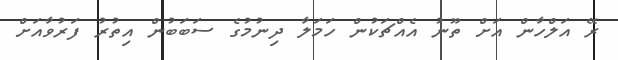
ރޭ އަލްހާން އަށް ތޫނު އެއްޗަކުން ހަމަލާ ދިނުމުގެ ސަބަބުން އިތުރު ފަރުވާއަށް